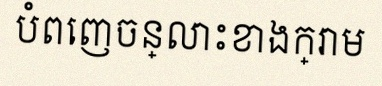
បំពេញចន្លោះខាងក្រោម